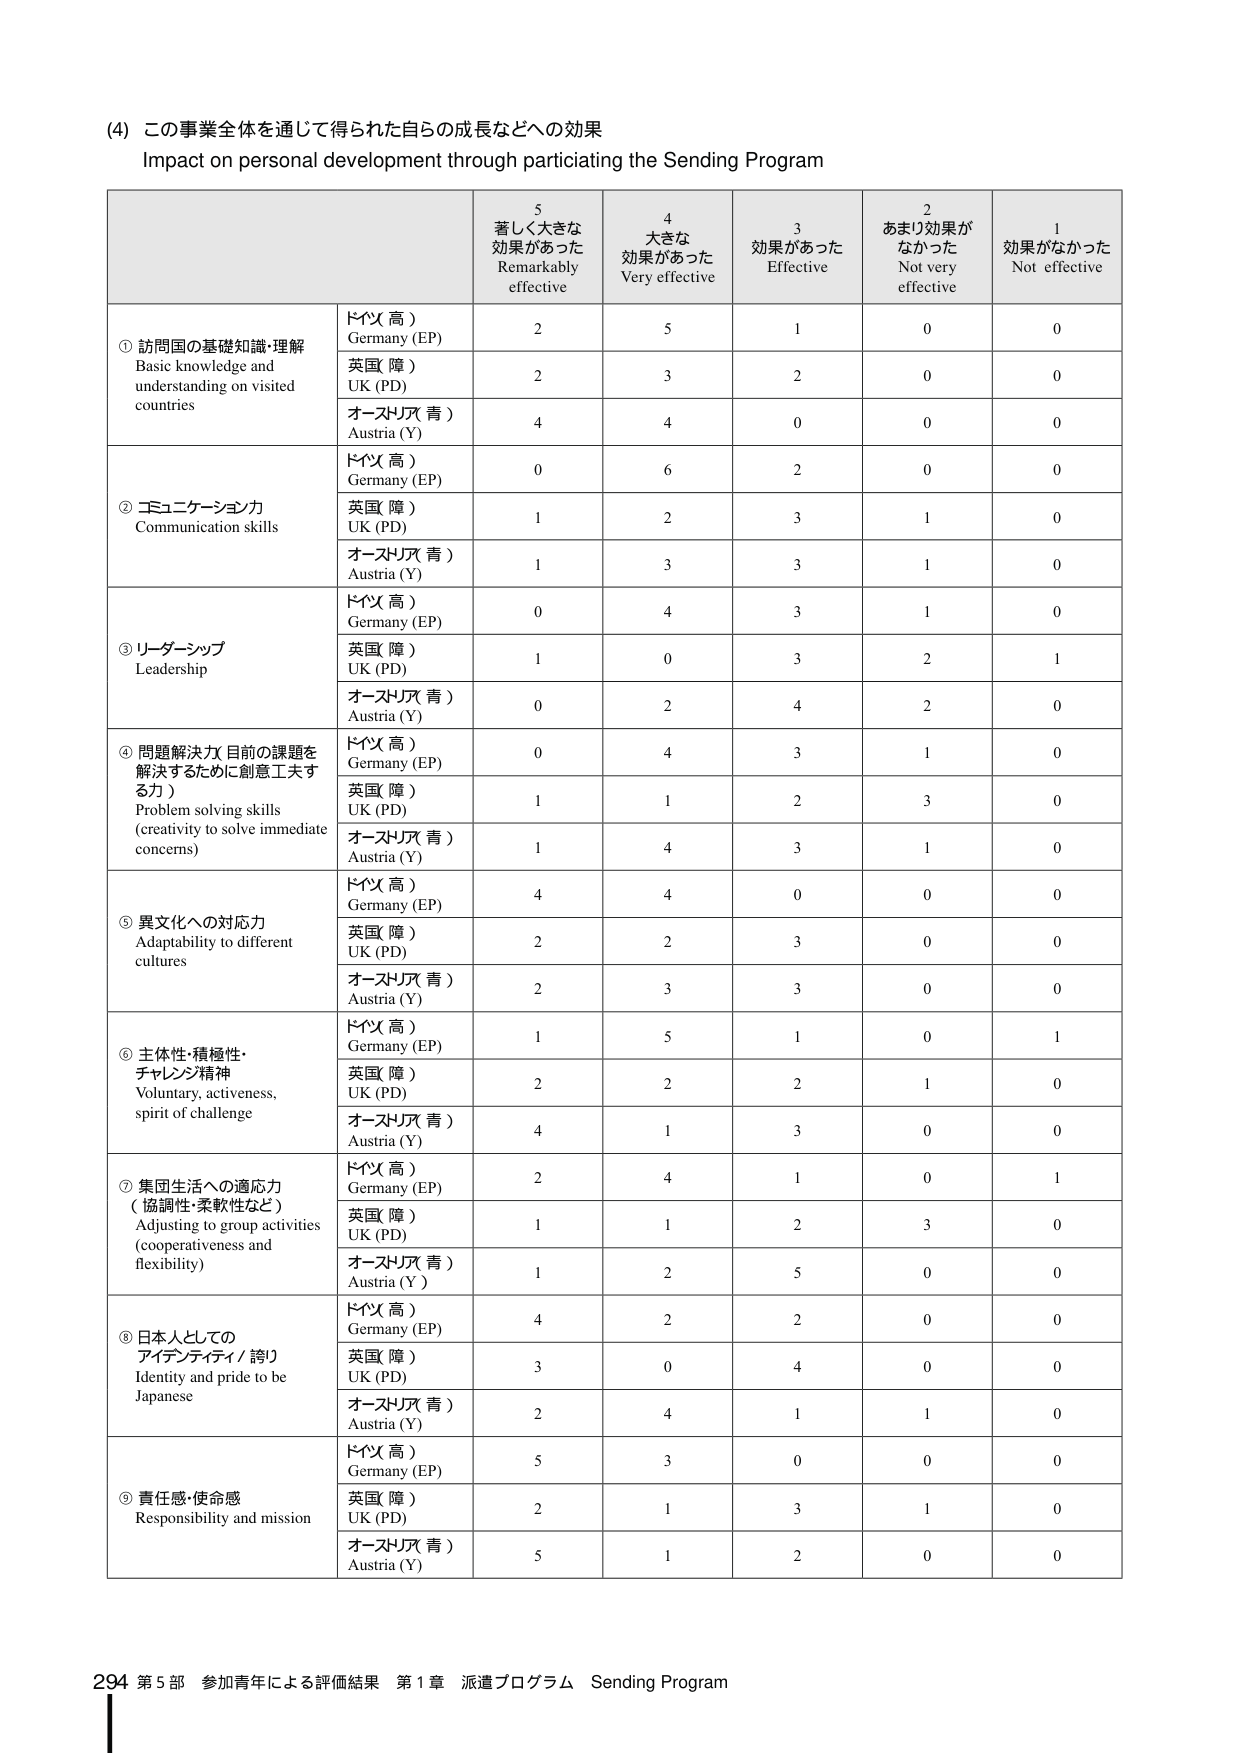
(4) この事業全体を通じて得られた自らの成長などへの効果
Impact on personal development through participating the Sending Program

5 著しく大きな効果があった
Remarkably effective
4 大きな効果があった
Very effective
3 効果があった
Effective
2 あまり効果がなかった
Not very effective
1 効果がなかった
Not effective

① 訪問国の基礎知識・理解
Basic knowledge and understanding on visited countries
ドイツ（高）
Germany (EP)
2 5 1 0 0
英国（障）
UK (PD)
2 3 2 0 0
オーストリア（青）
Austria (Y)
4 4 0 0 0

② コミュニケーション力
Communication skills
ドイツ（高）
Germany (EP)
0 6 2 0 0
英国（障）
UK (PD)
1 2 3 1 0
オーストリア（青）
Austria (Y)
1 3 3 1 0

③ リーダーシップ
Leadership
ドイツ（高）
Germany (EP)
0 4 3 1 0
英国（障）
UK (PD)
1 0 3 2 1
オーストリア（青）
Austria (Y)
0 2 4 2 0

④ 問題解決力（目前の課題を解決するために創意工夫する力）
Problem solving skills (creativity to solve immediate concerns)
ドイツ（高）
Germany (EP)
0 4 3 1 0
英国（障）
UK (PD)
1 1 2 3 0
オーストリア（青）
Austria (Y)
1 4 3 1 0

⑤ 異文化への対応力
Adaptability to different cultures
ドイツ（高）
Germany (EP)
4 4 0 0 0
英国（障）
UK (PD)
2 2 3 0 0
オーストリア（青）
Austria (Y)
2 3 3 0 0

⑥ 主体性・積極性・チャレンジ精神
Voluntary, activeness, spirit of challenge
ドイツ（高）
Germany (EP)
1 5 1 0 1
英国（障）
UK (PD)
2 2 2 1 0
オーストリア（青）
Austria (Y)
4 1 3 0 0

⑦ 集団生活への適応力（協調性・柔軟性など）
Adjusting to group activities (cooperativeness and flexibility)
ドイツ（高）
Germany (EP)
2 4 1 0 1
英国（障）
UK (PD)
1 1 2 3 0
オーストリア（青）
Austria (Y)
1 2 5 0 0

⑧ 日本人としてのアイデンティティ／誇り
Identity and pride to be Japanese
ドイツ（高）
Germany (EP)
4 2 2 0 0
英国（障）
UK (PD)
3 0 4 0 0
オーストリア（青）
Austria (Y)
2 4 1 1 0

⑨ 責任感・使命感
Responsibility and mission
ドイツ（高）
Germany (EP)
5 3 0 0 0
英国（障）
UK (PD)
2 1 3 1 0
オーストリア（青）
Austria (Y)
5 1 2 0 0

294 第5部 参加青年による評価結果 第1章 派遣プログラム Sending Program